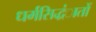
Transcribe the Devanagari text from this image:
धर्मसिद्धंातों